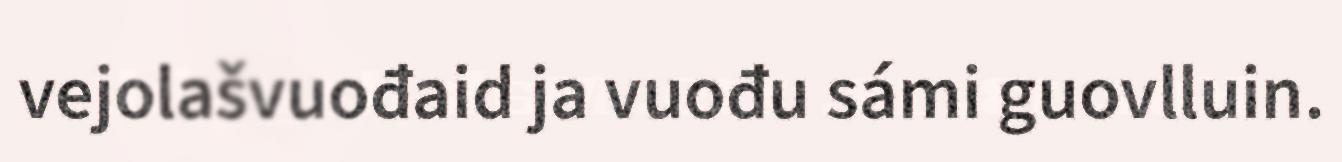
vejolašvuođaid ja vuođu sámi guovlluin.